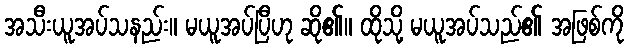
အသီးယူအပ်သနည်း။ မယူအပ်ပြီဟု ဆို၏။ ထိုသို့ မယူအပ်သည်၏ အဖြစ်ကို